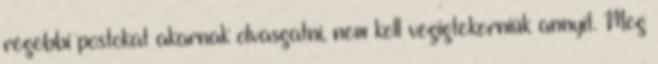
régebbi postokat akarnak olvasgatni, nem kell végigtekerniük annyit. Meg